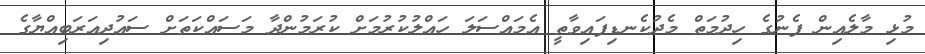
މުޅި މާލެއިން ފެނުގެ ހިދުމަތް މެދުކެނޑިފައިވާތީ އެމައްސަލަ ހައްލުކުރުމަށް ކުރަމުންދާ މަސައްކަތަށް ސައުދިއަރަބިއްޔާގެ